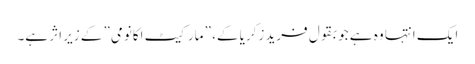
ایک انتہا وہ ہے جو بقول فرید زکریا کے، ” مارکیٹ اکانومی” کے زیر اثر ہے۔